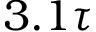
3 . 1 \tau